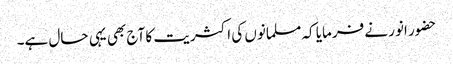
حضور انور نے فرمایا کہ مسلمانوں کی اکثریت کا آج بھی یہی حال ہے۔